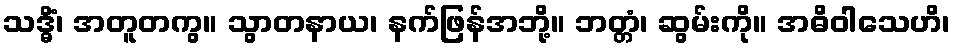
သဒ္ဓိံ၊ အတူတကွ။ သွာတနာယ၊ နက်ဖြန်အဘို့။ ဘတ္တံ၊ ဆွမ်းကို။ အဓိဝါသေဟိ၊